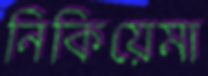
নিকিয়েমা